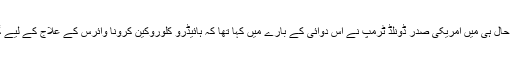
میڈیارپورٹس کے مطابق حال ہی میں امریکی صدر ڈونلڈ ٹرمپ نے اس دوائی کے بارے میں کہا تھا کہ ہائیڈرو کلوروکین کرونا وائرس کے علاج کے لیے گیم رول تبدیل کردے گی۔